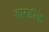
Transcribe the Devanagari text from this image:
दारडीक